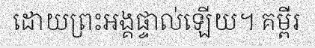
ដោយព្រះអង្គផ្ទាល់ឡើយ។ គម្ពីរ